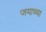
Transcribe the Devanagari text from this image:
जयाच्या